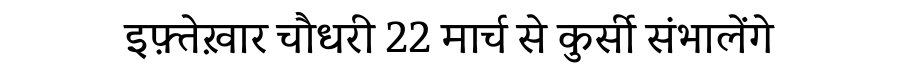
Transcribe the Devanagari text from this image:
इफ़्तेख़ार चौधरी 22 मार्च से कुर्सी संभालेंगे